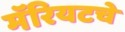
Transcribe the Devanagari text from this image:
मॅरियटचे